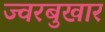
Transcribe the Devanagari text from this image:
ज्वरबुखार